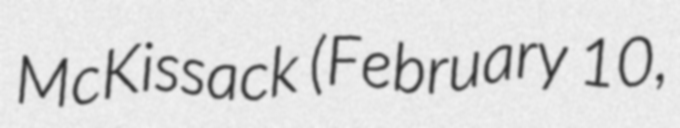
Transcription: McKissack (February 10,